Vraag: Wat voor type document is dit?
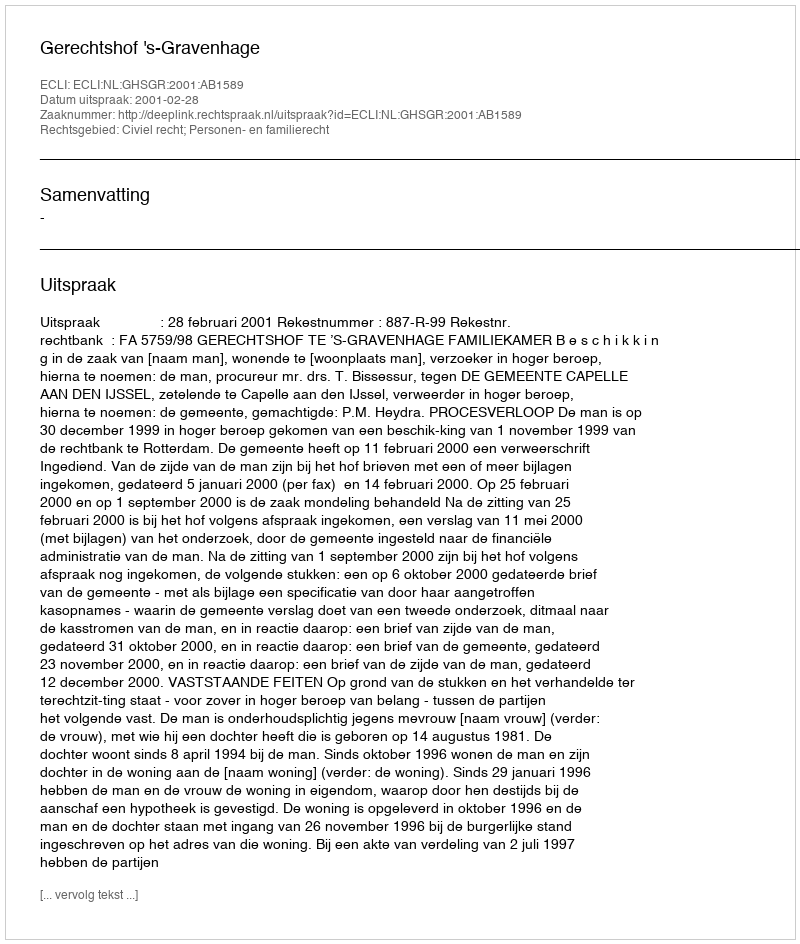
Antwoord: Uitspraak